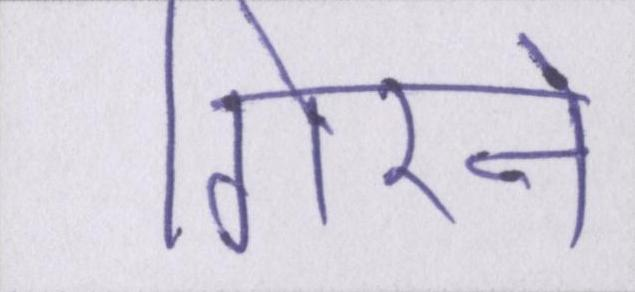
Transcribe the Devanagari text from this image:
गिरने